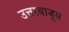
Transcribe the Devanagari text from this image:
उत्तरबाजूस